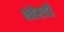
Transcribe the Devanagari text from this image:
खेरदी